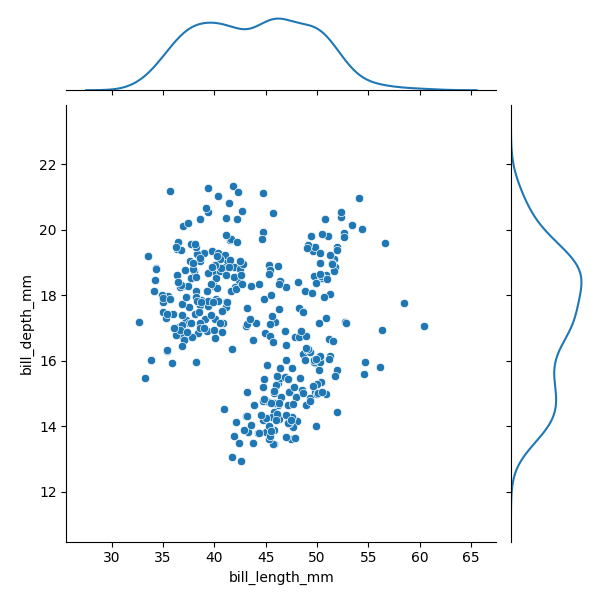
python, seaborn, JointGrid, scatterplot, kdeplot